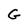
Character: G